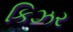
કિઝર